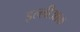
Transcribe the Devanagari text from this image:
इल्लीआक